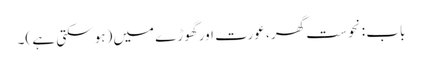
باب : نحوست گھر ، عورت اور گھوڑے میں (ہو سکتی ہے )۔